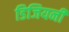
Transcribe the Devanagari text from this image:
डिजियनी